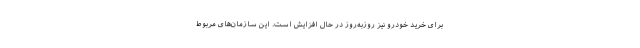
برای خرید خودرو نیز روزبه‌روز در حال افزایش است. این سازمان‌های مربوط